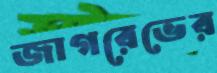
জাগরেভের